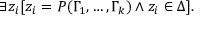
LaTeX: \exists z _ { i } [ z _ { i } = P ( \Gamma _ { 1 } , \dots , \Gamma _ { k } ) \land z _ { i } \in \Delta ] .